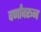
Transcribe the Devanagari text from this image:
वर्णांवरून